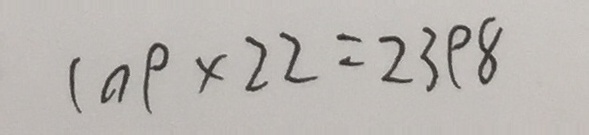
1 0 9 \times 2 2 = 2 3 9 8